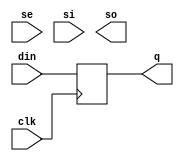
// ========== Copyright Header Begin ==========================================
// 
// OpenSPARC T1 Processor File: swrvr_clib.v
// Copyright (c) 2006 Sun Microsystems, Inc.  All Rights Reserved.
// DO NOT ALTER OR REMOVE COPYRIGHT NOTICES.
// 
// The above named program is free software; you can redistribute it and/or
// modify it under the terms of the GNU General Public
// License version 2 as published by the Free Software Foundation.
// 
// The above named program is distributed in the hope that it will be 
// useful, but WITHOUT ANY WARRANTY; without even the implied warranty of
// MERCHANTABILITY or FITNESS FOR A PARTICULAR PURPOSE.  See the GNU
// General Public License for more details.
// 
// You should have received a copy of the GNU General Public
// License along with this work; if not, write to the Free Software
// Foundation, Inc., 51 Franklin St, Fifth Floor, Boston, MA 02110-1301, USA.
// 
// ========== Copyright Header End ============================================
///////////////////////////////////////////////////////////////////////
/*
//
//  Module Name: swrvr_clib.v
//      Description: Design control behavioural library
*/                 

// uty: test
`define NO_SCAN
 

//`ifdef FPGA_SYN 
//`define NO_SCAN 
//`endif

//`timescale 1ps / 1ps

// POSITVE-EDGE TRIGGERED FLOP with SCAN
module dff_s (din, clk, q, se, si, so);
// synopsys template

parameter SIZE = 1;

input	[SIZE-1:0]	din ;	// data in
input			clk ;	// clk or scan clk

output	[SIZE-1:0]	q ;	// output

input			se ;	// scan-enable
input	[SIZE-1:0]	si ;	// scan-input
output	[SIZE-1:0]	so ;	// scan-output

reg 	[SIZE-1:0]	q ;

`ifdef NO_SCAN
always @ (posedge clk)
  q[SIZE-1:0]  <= din[SIZE-1:0] ;
`else

always @ (posedge clk)

//	q[SIZE-1:0]  <= (se) ? si[SIZE-1:0]  : din[SIZE-1:0] ;
	q[SIZE-1:0]  <= #1 (se) ? si[SIZE-1:0]  : din[SIZE-1:0] ;

assign so[SIZE-1:0] = q[SIZE-1:0] ;

`endif

endmodule // dff_s

// POSITVE-EDGE TRIGGERED FLOP with SCAN for Shadow-scan
module dff_sscan (din, clk, q, se, si, so);
// synopsys template

parameter SIZE = 1;

input	[SIZE-1:0]	din ;	// data in
input			clk ;	// clk or scan clk

output	[SIZE-1:0]	q ;	// output

input			se ;	// scan-enable
input	[SIZE-1:0]	si ;	// scan-input
output	[SIZE-1:0]	so ;	// scan-output

reg 	[SIZE-1:0]	q ;

`ifdef CONNECT_SHADOW_SCAN

always @ (posedge clk)

	q[SIZE-1:0]  <= (se) ? si[SIZE-1:0]  : din[SIZE-1:0] ;

assign so[SIZE-1:0] = q[SIZE-1:0] ;

`else
always @ (posedge clk)
  q[SIZE-1:0]  <= din[SIZE-1:0] ;

assign so={SIZE{1'b0}};
`endif

endmodule // dff_sscan

// POSITVE-EDGE TRIGGERED FLOP without SCAN
module dff_ns (din, clk, q);
// synopsys template

parameter SIZE = 1;

input	[SIZE-1:0]	din ;	// data in
input			clk ;	// clk

output	[SIZE-1:0]	q ;	// output

reg 	[SIZE-1:0]	q ;

always @ (posedge clk)

	q[SIZE-1:0]  <= din[SIZE-1:0] ;

endmodule // dff_ns

// POSITIVE-EDGE TRIGGERED FLOP with SCAN, RESET
module dffr_s (din, clk, rst, q, se, si, so);
// synopsys template

parameter SIZE = 1;

input	[SIZE-1:0]	din ;	// data in
input			clk ;	// clk or scan clk
input			rst ;	// reset

output	[SIZE-1:0]	q ;	// output

input			se ;	// scan-enable
input	[SIZE-1:0]	si ;	// scan-input
output	[SIZE-1:0]	so ;	// scan-output

reg 	[SIZE-1:0]	q ;

`ifdef NO_SCAN
always @ (posedge clk)
	q[SIZE-1:0]  <= ((rst) ? {SIZE{1'b0}}  : din[SIZE-1:0] );
`else

// Scan-Enable dominates
always @ (posedge clk)

	q[SIZE-1:0]  <= se ? si[SIZE-1:0] : ((rst) ? {SIZE{1'b0}}  : din[SIZE-1:0] );

assign so[SIZE-1:0] = q[SIZE-1:0] ;
`endif

endmodule // dffr_s

// POSITIVE-EDGE TRIGGERED FLOP with SCAN, RESET_L
module dffrl_s (din, clk, rst_l, q, se, si, so);
// synopsys template

parameter SIZE = 1;

input	[SIZE-1:0]	din ;	// data in
input			clk ;	// clk or scan clk
input			rst_l ;	// reset

output	[SIZE-1:0]	q ;	// output

input			se ;	// scan-enable
input	[SIZE-1:0]	si ;	// scan-input
output	[SIZE-1:0]	so ;	// scan-output

reg 	[SIZE-1:0]	q ;

`ifdef NO_SCAN
always @ (posedge clk)
	q[SIZE-1:0]  <= rst_l ? din[SIZE-1:0] : {SIZE{1'b0}};
`else

// Reset dominates
always @ (posedge clk)

	q[SIZE-1:0]  <= rst_l ? ((se) ? si[SIZE-1:0]  : din[SIZE-1:0] ) : {SIZE{1'b0}};

assign so[SIZE-1:0] = q[SIZE-1:0] ;
`endif

endmodule // dffrl_s

// POSITIVE-EDGE TRIGGERED FLOP with RESET, without SCAN
module dffr_ns (din, clk, rst, q);
// synopsys template

parameter SIZE = 1;

input	[SIZE-1:0]	din ;	// data in
input			clk ;	// clk
input			rst ;	// reset

output	[SIZE-1:0]	q ;	// output

reg 	[SIZE-1:0]	q ;

// synopsys sync_set_reset "rst"
always @ (posedge clk)
  q[SIZE-1:0] <= rst ? {SIZE{1'b0}} : din[SIZE-1:0];
   
endmodule // dffr_ns

// POSITIVE-EDGE TRIGGERED FLOP with RESET_L, without SCAN
module dffrl_ns (din, clk, rst_l, q);
// synopsys template

parameter SIZE = 1;

input	[SIZE-1:0]	din ;	// data in
input			clk ;	// clk
input			rst_l ;	// reset

output	[SIZE-1:0]	q ;	// output

reg 	[SIZE-1:0]	q ;

// synopsys sync_set_reset "rst_l"
always @ (posedge clk)
  q[SIZE-1:0] <= rst_l ? din[SIZE-1:0] : {SIZE{1'b0}};

endmodule // dffrl_ns

// POSITIVE-EDGE TRIGGERED FLOP with SCAN and FUNCTIONAL ENABLE
module dffe_s (din, en, clk, q, se, si, so);
// synopsys template

parameter SIZE = 1;

input	[SIZE-1:0]	din ;	// data in
input			en ;	// functional enable
input			clk ;	// clk or scan clk

output	[SIZE-1:0]	q ;	// output

input			se ;	// scan-enable
input	[SIZE-1:0]	si ;	// scan-input
output	[SIZE-1:0]	so ;	// scan-output

reg 	[SIZE-1:0]	q ;

// Enable Interpretation. Ultimate interpretation depends on design
// 
// en	se	out
//------------------
// x	1	sin ; scan dominates
// 1  	0	din
// 0 	0	q
//

`ifdef NO_SCAN
always @ (posedge clk)
	//q[SIZE-1:0]  <= ((en) ? din[SIZE-1:0] : q[SIZE-1:0]) ;
	q[SIZE-1:0]  <= #1 ((en) ? din[SIZE-1:0] : q[SIZE-1:0]) ;
`else

always @ (posedge clk)

	//q[SIZE-1:0]  <= (se) ? si[SIZE-1:0]  : ((en) ? din[SIZE-1:0] : q[SIZE-1:0]) ;
	q[SIZE-1:0]  <= #1 (se) ? si[SIZE-1:0]  : ((en) ? din[SIZE-1:0] : q[SIZE-1:0]) ;

assign so[SIZE-1:0] = q[SIZE-1:0] ;
`endif

endmodule // dffe_s

// POSITIVE-EDGE TRIGGERED FLOP with enable, without SCAN
module dffe_ns (din, en, clk, q);
// synopsys template

parameter SIZE = 1;

input	[SIZE-1:0]	din ;	// data in
input			en ;	// functional enable
input			clk ;	// clk

output	[SIZE-1:0]	q ;	// output

reg 	[SIZE-1:0]	q ;

always @ (posedge clk)
  q[SIZE-1:0] <= en ? din[SIZE-1:0] : q[SIZE-1:0];

endmodule // dffe_ns

// POSITIVE-EDGE TRIGGERED FLOP with RESET, FUNCTIONAL ENABLE, SCAN.
module dffre_s (din, rst, en, clk, q, se, si, so);
// synopsys template

parameter SIZE = 1;

input	[SIZE-1:0]	din ;	// data in
input			en ;	// functional enable
input			rst ;	// reset
input			clk ;	// clk or scan clk

output	[SIZE-1:0]	q ;	// output

input			se ;	// scan-enable
input	[SIZE-1:0]	si ;	// scan-input
output	[SIZE-1:0]	so ;	// scan-output

reg 	[SIZE-1:0]	q ;

// Enable Interpretation. Ultimate interpretation depends on design
// 
// rst	en	se	out
//------------------
// 1	x	x	0   ; reset dominates
// 0	x	1	sin ; scan dominates
// 0	1  	0	din
// 0 	0 	0	q
//

`ifdef NO_SCAN
always @ (posedge clk)
	q[SIZE-1:0]  <= (rst ? {SIZE{1'b0}} : ((en) ? din[SIZE-1:0] : q[SIZE-1:0])) ;
`else

always @ (posedge clk)

//	q[SIZE-1:0]  <= rst ? {SIZE{1'b0}} : ((se) ? si[SIZE-1:0]  : ((en) ? din[SIZE-1:0] : q[SIZE-1:0])) ;
	q[SIZE-1:0]  <= se ? si[SIZE-1:0]  : (rst ? {SIZE{1'b0}} : ((en) ? din[SIZE-1:0] : q[SIZE-1:0])) ;

assign so[SIZE-1:0] = q[SIZE-1:0] ;

`endif

endmodule // dffre_s

// POSITIVE-EDGE TRIGGERED FLOP with RESET_L, FUNCTIONAL ENABLE, SCAN.
module dffrle_s (din, rst_l, en, clk, q, se, si, so);
// synopsys template

parameter SIZE = 1;

input	[SIZE-1:0]	din ;	// data in
input			en ;	// functional enable
input			rst_l ;	// reset
input			clk ;	// clk or scan clk

output	[SIZE-1:0]	q ;	// output

input			se ;	// scan-enable
input	[SIZE-1:0]	si ;	// scan-input
output	[SIZE-1:0]	so ;	// scan-output

reg 	[SIZE-1:0]	q ;

// Enable Interpretation. Ultimate interpretation depends on design
// 
// rst	en	se	out
//------------------
// 0	x	x	0   ; reset dominates
// 1	x	1	sin ; scan dominates
// 1	1  	0	din
// 1 	0 	0	q
//

`ifdef NO_SCAN
always @ (posedge clk)
	 q[SIZE-1:0]  <= (rst_l ? ((en) ? din[SIZE-1:0] : q[SIZE-1:0]) : {SIZE{1'b0}}) ;
`else

always @ (posedge clk)

//	q[SIZE-1:0]  <= rst_l ? ((se) ? si[SIZE-1:0]  : ((en) ? din[SIZE-1:0] : q[SIZE-1:0])) : {SIZE{1'b0}} ;
	q[SIZE-1:0]  <= se ? si[SIZE-1:0]  : (rst_l ? ((en) ? din[SIZE-1:0] : q[SIZE-1:0]) : {SIZE{1'b0}}) ;

assign so[SIZE-1:0] = q[SIZE-1:0] ;
`endif

endmodule // dffrle_s

// POSITIVE-EDGE TRIGGERED FLOP with RESET, ENABLE, without SCAN.
module dffre_ns (din, rst, en, clk, q);
// synopsys template

parameter SIZE = 1;

input	[SIZE-1:0]	din ;	// data in
input			en ;	// functional enable
input			rst ;	// reset
input			clk ;	// clk

output	[SIZE-1:0]	q ;	// output

reg 	[SIZE-1:0]	q ;

// Enable Interpretation. Ultimate interpretation depends on design
// 
// rst	en	out
//------------------
// 1	x	0   ; reset dominates
// 0	1  	din
// 0 	0 	q
//

// synopsys sync_set_reset "rst"
always @ (posedge clk)
  q[SIZE-1:0] <= rst ? {SIZE{1'b0}} : ((en) ? din[SIZE-1:0] : q[SIZE-1:0]);

endmodule // dffre_ns

// POSITIVE-EDGE TRIGGERED FLOP with RESET_L, ENABLE, without SCAN.
module dffrle_ns (din, rst_l, en, clk, q);
// synopsys template

parameter SIZE = 1;

input	[SIZE-1:0]	din ;	// data in
input			en ;	// functional enable
input			rst_l ;	// reset
input			clk ;	// clk

output	[SIZE-1:0]	q ;	// output

reg 	[SIZE-1:0]	q ;

// Enable Interpretation. Ultimate interpretation depends on design
// 
// rst	en	out
//------------------
// 0	x	0   ; reset dominates
// 1	1  	din
// 1 	0 	q
//

// synopsys sync_set_reset "rst_l"
always @ (posedge clk)
  q[SIZE-1:0] <= rst_l ? ((en) ? din[SIZE-1:0] : q[SIZE-1:0]) : {SIZE{1'b0}} ;

endmodule // dffrle_ns

// POSITIVE-EDGE TRIGGERED FLOP with SCAN, and ASYNC RESET
module dffr_async (din, clk, rst, q, se, si, so);
// synopsys template

parameter SIZE = 1;

input   [SIZE-1:0]      din ;   // data in
input                   clk ;   // clk or scan clk
input                   rst ;   // reset

output  [SIZE-1:0]      q ;     // output

input                   se ;    // scan-enable
input   [SIZE-1:0]      si ;    // scan-input
output  [SIZE-1:0]      so ;    // scan-output

reg     [SIZE-1:0]      q ;

`ifdef NO_SCAN
always @ (posedge clk or posedge rst)
	q[SIZE-1:0]  <= rst ? {SIZE{1'b0}} : din[SIZE-1:0];
`else

// Reset dominates
always @ (posedge clk or posedge rst)
  q[SIZE-1:0]  <= rst ? {SIZE{1'b0}} : ((se) ? si[SIZE-1:0]  : din[SIZE-1:0] );

assign so[SIZE-1:0] = q[SIZE-1:0] ;

`endif

endmodule // dffr_async

// POSITIVE-EDGE TRIGGERED FLOP with SCAN, and ASYNC RESET_L
module dffrl_async (din, clk, rst_l, q, se, si, so);
// synopsys template

parameter SIZE = 1;

input   [SIZE-1:0]      din ;   // data in
input                   clk ;   // clk or scan clk
input                   rst_l ;   // reset

output  [SIZE-1:0]      q ;     // output

input                   se ;    // scan-enable
input   [SIZE-1:0]      si ;    // scan-input
output  [SIZE-1:0]      so ;    // scan-output

reg     [SIZE-1:0]      q ;

`ifdef NO_SCAN
always @ (posedge clk or negedge rst_l)
	q[SIZE-1:0]  <= (!rst_l) ? {SIZE{1'b0}} : din[SIZE-1:0];
`else

// Reset dominates
always @ (posedge clk or negedge rst_l)
  q[SIZE-1:0]  <= (!rst_l) ? {SIZE{1'b0}} : ((se) ? si[SIZE-1:0]  : din[SIZE-1:0] );

assign so[SIZE-1:0] = q[SIZE-1:0] ;

`endif

endmodule // dffrl_async

// POSITIVE-EDGE TRIGGERED FLOP with ASYNC RESET, without SCAN
//module dffr_async_ns (din, clk, rst, q);
//// synopsys template
//parameter SIZE = 1;
//input   [SIZE-1:0]      din ;   // data in
//input                   clk ;   // clk or scan clk
//input                   rst ;   // reset
//output  [SIZE-1:0]      q ;     // output
//reg     [SIZE-1:0]      q ;
// Reset dominates
//// synopsys async_set_reset "rst"
//always @ (posedge clk or posedge rst)
//        if(rst) q[SIZE-1:0]  <= {SIZE{1'b0}};
//        else if(clk) q[SIZE-1:0]  <= din[SIZE-1:0];
//endmodule // dffr_async_ns

// POSITIVE-EDGE TRIGGERED FLOP with ASYNC RESET_L, without SCAN
module dffrl_async_ns (din, clk, rst_l, q);
// synopsys template

parameter SIZE = 1;

input   [SIZE-1:0]      din ;   // data in
input                   clk ;   // clk or scan clk
input                   rst_l ;   // reset

output  [SIZE-1:0]      q ;     // output

// Reset dominates
// synopsys async_set_reset "rst_l"
 reg [SIZE-1:0] q;   
always @ (posedge clk or negedge rst_l)
  q[SIZE-1:0] <= ~rst_l ?  {SIZE{1'b0}} : ({SIZE{rst_l}} & din[SIZE-1:0]);

//   reg  [SIZE-1:0]   qm, qs, qm_l, qs_l, qm_f, qs_f;
//   wire              s_l;
//   assign            s_l = 1'b1;
//
//   always @ (rst_l or qm)   qm_l = ~(qm & {SIZE{rst_l}});
//   always @ (s_l or qs)   qs_l = ~(qs & {SIZE{s_l}});
//   always @ (s_l or qm_l) qm_f = ~(qm_l & {SIZE{s_l}});
//   always @ (rst_l or qs_l) qs_f = ~(qs_l & {SIZE{rst_l}});
//
//   always @ (clk or din or qm_f)
//      qm <= clk ? qm_f : din;
//
//   always @ (clk or qm_l or qs_f)
//      qs <= clk ? qm_l : qs_f;
//
//   assign q  = ~qs;

endmodule // dffrl_async_ns

// 2:1 MUX WITH DECODED SELECTS
module mux2ds (dout, in0, in1, sel0, sel1) ;
// synopsys template

parameter SIZE = 1;

output 	[SIZE-1:0] 	dout;
input	[SIZE-1:0]	in0;
input	[SIZE-1:0]	in1;
input			sel0;
input			sel1;

// reg declaration does not imply state being maintained
// across cycles. Used to construct case statement and
// always updated by inputs every cycle.
reg	[SIZE-1:0]	dout ;

// priority encoding takes care of mutex'ing selects.
`ifdef VERPLEX
   $constraint cl_1h_chk2 ($one_hot ({sel1,sel0}));
`endif

wire [1:0] sel = {sel1, sel0}; // 0in one_hot
   
always @ (sel0 or sel1 or in0 or in1)

	case ({sel1,sel0}) // synopsys infer_mux
		2'b01 :	dout = in0 ;
		2'b10 : dout = in1 ;
		2'b11 : dout = {SIZE{1'bx}} ;
		2'b00 : dout = {SIZE{1'bx}} ;
			// 2'b00 : // E.g. 4state vs. 2state modelling.
			// begin
			//	`ifdef FOUR_STATE
			//		dout = {SIZE{1'bx}};
			//	`else
			//		begin
			//		dout = {SIZE{1'b0}};
			//		$error();
			//		end
			//	`endif
			// end
		default : dout = {SIZE{1'bx}};
	endcase

endmodule // mux2ds

// 3:1 MUX WITH DECODED SELECTS
module mux3ds (dout, in0, in1, in2, sel0, sel1, sel2) ;
// synopsys template

parameter SIZE = 1;

output 	[SIZE-1:0] 	dout;
input	[SIZE-1:0]	in0;
input	[SIZE-1:0]	in1;
input	[SIZE-1:0]	in2;
input			sel0;
input			sel1;
input			sel2;

// reg declaration does not imply state being maintained
// across cycles. Used to construct case statement and
// always updated by inputs every cycle.
reg	[SIZE-1:0]	dout ;

`ifdef VERPLEX
   $constraint cl_1h_chk3 ($one_hot ({sel2,sel1,sel0}));
`endif

wire [2:0] sel = {sel2,sel1,sel0}; // 0in one_hot
   
// priority encoding takes care of mutex'ing selects.
always @ (sel0 or sel1 or sel2 or in0 or in1 or in2)

	case ({sel2,sel1,sel0}) 
		3'b001 : dout = in0 ;
		3'b010 : dout = in1 ;
		3'b100 : dout = in2 ;
		3'b000 : dout = {SIZE{1'bx}} ;
		3'b011 : dout = {SIZE{1'bx}} ;
		3'b101 : dout = {SIZE{1'bx}} ;
		3'b110 : dout = {SIZE{1'bx}} ;
		3'b111 : dout = {SIZE{1'bx}} ;
		default : dout = {SIZE{1'bx}};
			// two state vs four state modelling will be added.
	endcase

endmodule // mux3ds

// 4:1 MUX WITH DECODED SELECTS
module mux4ds (dout, in0, in1, in2, in3, sel0, sel1, sel2, sel3) ;
// synopsys template

parameter SIZE = 1;

output 	[SIZE-1:0] 	dout;
input	[SIZE-1:0]	in0;
input	[SIZE-1:0]	in1;
input	[SIZE-1:0]	in2;
input	[SIZE-1:0]	in3;
input			sel0;
input			sel1;
input			sel2;
input			sel3;

// reg declaration does not imply state being maintained
// across cycles. Used to construct case statement and
// always updated by inputs every cycle.
reg	[SIZE-1:0]	dout ;

`ifdef VERPLEX
   $constraint cl_1h_chk4 ($one_hot ({sel3,sel2,sel1,sel0}));
`endif
   
wire [3:0] sel = {sel3,sel2,sel1,sel0}; // 0in one_hot
   
// priority encoding takes care of mutex'ing selects.
always @ (sel0 or sel1 or sel2 or sel3 or in0 or in1 or in2 or in3)

	case ({sel3,sel2,sel1,sel0}) 
		4'b0001 : dout = in0 ;
		4'b0010 : dout = in1 ;
		4'b0100 : dout = in2 ;
		4'b1000 : dout = in3 ;
		4'b0000 : dout = {SIZE{1'bx}} ;
		4'b0011 : dout = {SIZE{1'bx}} ;
		4'b0101 : dout = {SIZE{1'bx}} ;
		4'b0110 : dout = {SIZE{1'bx}} ;
		4'b0111 : dout = {SIZE{1'bx}} ;
		4'b1001 : dout = {SIZE{1'bx}} ;
		4'b1010 : dout = {SIZE{1'bx}} ;
		4'b1011 : dout = {SIZE{1'bx}} ;
		4'b1100 : dout = {SIZE{1'bx}} ;
		4'b1101 : dout = {SIZE{1'bx}} ;
		4'b1110 : dout = {SIZE{1'bx}} ;
		4'b1111 : dout = {SIZE{1'bx}} ;
		default : dout = {SIZE{1'bx}};
			// two state vs four state modelling will be added.
	endcase

endmodule // mux4ds

// SINK FOR UNLOADED INPUT PORTS
module sink (in);
// synopsys template

parameter SIZE = 1;

input [SIZE-1:0] in;

`ifdef FPGA_SYN
   // As of version 8.2 XST does not remove this module without the
   // following additional dead code

   wire    a;

   assign		a = | in;

`endif

endmodule //sink

// SOURCE FOR UNDRIVEN OUTPUT PORTS
module source (out) ;
// synopsys template

parameter SIZE = 1;

output  [SIZE-1:0] out;
// 
// Once 4state/2state model established
// then enable check.
// `ifdef FOUR_STATE
// leda check for x_or_z_in rhs_of assign turned off
// assign  out = {SIZE{1'bx}};
//`else
assign  out = {SIZE{1'b0}};
//`endif

endmodule //source

// 2:1 MUX WITH PRIORITY ENCODED SELECTS
//module mux2es (dout, in0, in1, sel0, sel1) ;
//
//parameter SIZE = 1;
//
//output 	[SIZE-1:0] 	dout;
//input	[SIZE-1:0]	in0;
//input	[SIZE-1:0]	in1;
//input			sel0;
//input			sel1;
//
//// reg declaration does not imply state being maintained
//// across cycles. Used to construct case statement and
//// always updated by inputs every cycle.
//reg	[SIZE-1:0]	dout ;
//
//// must take into account lack of mutex selects.
//// there is no reason for handling of x and z conditions.
//// This will be dictated by design.
//always @ (sel0 or sel1 or in0 or in1)
//
//	case ({sel1,sel0})
//		2'b1x : dout = in1 ; // 10(in1),11(z) 
//		2'b0x :	dout = in0 ; // 01(in0),00(x)
//	endcase
//
//endmodule // mux2es

// CLK Header for gating off the clock of
// a FF.
// clk - output of the clk header
// rclk - input clk
// enb_l - Active low clock enable
// tmb_l  - Active low clock enable ( in scan mode, this input is !se )

module clken_buf (clk, rclk, enb_l, tmb_l);
output clk;
input  rclk, enb_l, tmb_l;
reg    clken;

  always @ (rclk or enb_l or tmb_l)
    if (!rclk)  //latch opens on rclk low phase
      clken = !enb_l | !tmb_l;
  assign clk = clken & rclk;

endmodule



// The following flops are maintained and used in ENET , MAC IP  ONLY
// -- Mimi X61467

// POSITIVE-EDGE TRIGGERED FLOP with SET_L, without SCAN.

module dffsl_ns (din, clk, set_l, q);
// synopsys template
parameter SIZE = 1;

input   [SIZE-1:0]      din ;   // data in
input                   clk ;   // clk or scan clk
input                   set_l ; // set

output  [SIZE-1:0]      q ;     // output

reg     [SIZE-1:0]      q ;

// synopsys sync_set_reset "set_l"
always @ (posedge clk)
  q[SIZE-1:0] <= set_l ? din[SIZE-1:0] : {SIZE{1'b1}};

endmodule // dffsl_ns

// POSITIVE-EDGE TRIGGERED FLOP with SET_L, without SCAN.

module dffsl_async_ns (din, clk, set_l, q);
// synopsys template
parameter SIZE = 1;

input   [SIZE-1:0]      din ;   // data in
input                   clk ;   // clk or scan clk
input                   set_l ; // set

output  [SIZE-1:0]      q ;     // output

reg     [SIZE-1:0]      q ;

// synopsys async_set_reset "set_l"
always @ (posedge clk or negedge set_l)
  q[SIZE-1:0] <= ~set_l ? {SIZE{1'b1}} : ({SIZE{~set_l}} | din[SIZE-1:0]);

endmodule // dffsl_async_ns

// POSITIVE-EDGE TRIGGERED FLOP WITH SET_H , without SCAN.

module dffr_ns_r1 (din, clk, rst, q);
// synopsys template
parameter SIZE = 1;

input   [SIZE-1:0]      din ;   // data in
input                   clk ;   // clk or scan clk
input                   rst ;   // reset

output  [SIZE-1:0]      q ;     // output

reg     [SIZE-1:0]      q ;

// Set to 1
// synopsys sync_set_reset "rst"
always @ (posedge clk)
  q[SIZE-1:0] <= rst ? {SIZE{1'b1}} : din[SIZE-1:0];

endmodule // dffr_ns_r1

// POSITIVE-EDGE TRIGGERED ASYNC RESET_H FLOP , without SCAN.

module dffr_async_ns (din, clk, rst, q);
// synopsys template

parameter SIZE = 1;

input   [SIZE-1:0]      din ;   // data in
input                   clk ;   // clk or scan clk
input                   rst;   // reset

output  [SIZE-1:0]      q ;     // output

reg     [SIZE-1:0]      q ;

// Reset dominates
// synopsys async_set_reset "rst"
always @ (posedge clk or posedge rst)
  q[SIZE-1:0] <= rst ? {SIZE{1'b0}} : din[SIZE-1:0];

endmodule // dffr_async_ns

// POSITIVE-EDGE TRIGGERED ASYNC SET_H FLOP , without SCAN.

module dffr_async_ns_r1 (din, clk, rst, q);
// synopsys template

parameter SIZE = 1;

input   [SIZE-1:0]      din ;   // data in
input                   clk ;   // clk or scan clk
input                   rst;   // reset

output  [SIZE-1:0]      q ;     // output

reg     [SIZE-1:0]      q ;

// Reset to 1
// synopsys async_set_reset "rst"
always @ (posedge clk or posedge rst)
  q[SIZE-1:0] <= rst ? {SIZE{1'b1}} : din[SIZE-1:0];

endmodule // dffr_async_ns_r1


// NEGATIVE-EDGE TRIGGERED ASYNC SET_H FLOP , without SCAN.

module dffr_async_ns_cl_r1 (din, clkl, rst, q);
// synopsys template
parameter SIZE = 1;

input   [SIZE-1:0]      din ;   // data in
input                   clkl ;  // clk or scan clk
input                   rst ;   // reset

output  [SIZE-1:0]      q ;     // output

reg     [SIZE-1:0]      q ;

// Set to 1
// synopsys sync_set_reset "rst"
always @ (negedge clkl or posedge rst)
  q[SIZE-1:0] <= rst ? {SIZE{1'b1}} : din[SIZE-1:0];

endmodule // dffr_async_ns_cl_r1